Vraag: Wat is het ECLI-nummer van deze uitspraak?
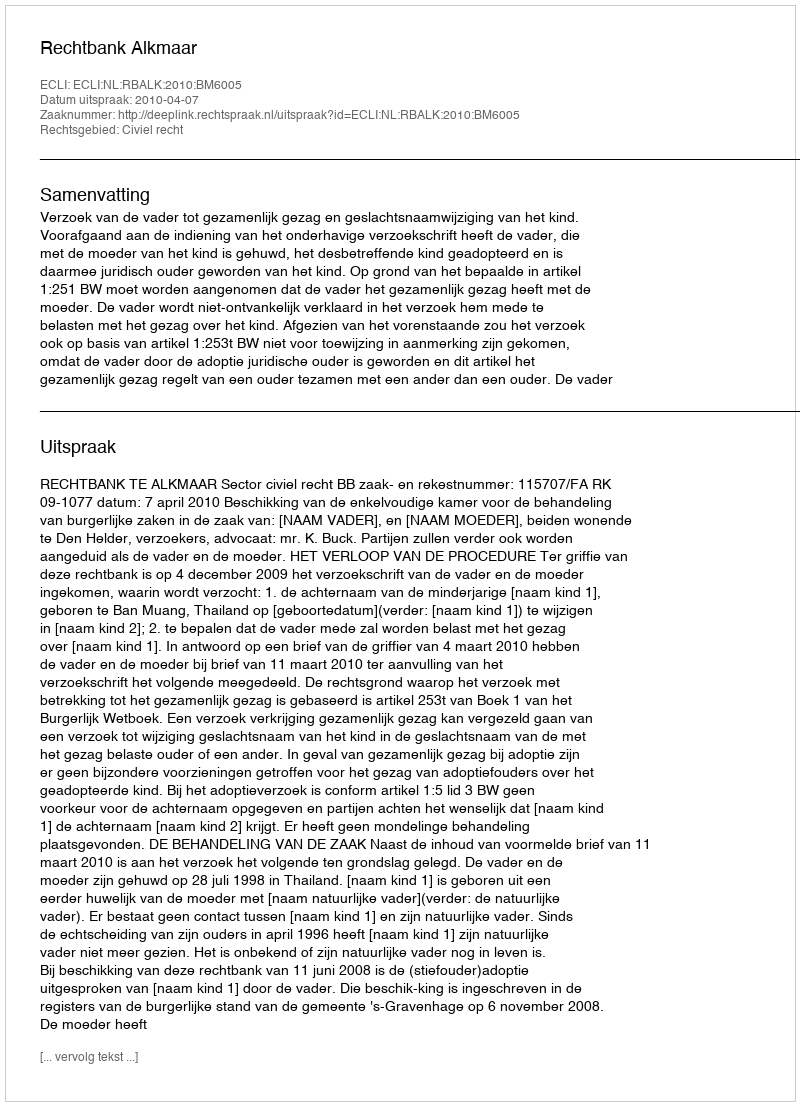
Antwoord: ECLI:NL:RBALK:2010:BM6005